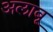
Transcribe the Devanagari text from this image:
अलाबू